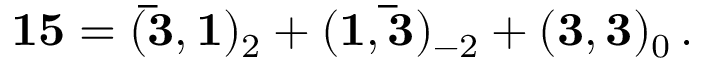
{ \bf 1 5 } = ( { \bf \bar { 3 } } , { \bf 1 } ) _ { 2 } + ( { \bf 1 } , { \bf \bar { 3 } } ) _ { - 2 } + ( { \bf 3 } , { \bf 3 } ) _ { 0 } \, .